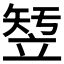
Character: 𱷫